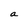
Character: a